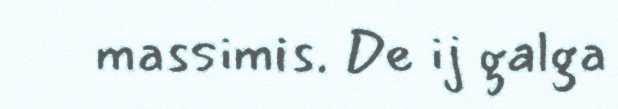
massimis. De ij galga